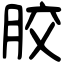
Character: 胶